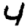
Digit: 4